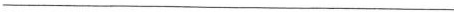
___